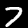
Label: 7